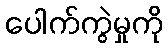
ပေါက်ကွဲမှုကို